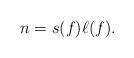
LaTeX: \begin{align*}n=s(f)\ell(f).\end{align*}